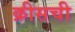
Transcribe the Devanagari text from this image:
क्रीसची